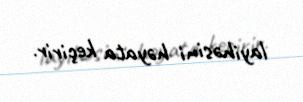
layihəsini həyata keçirir.